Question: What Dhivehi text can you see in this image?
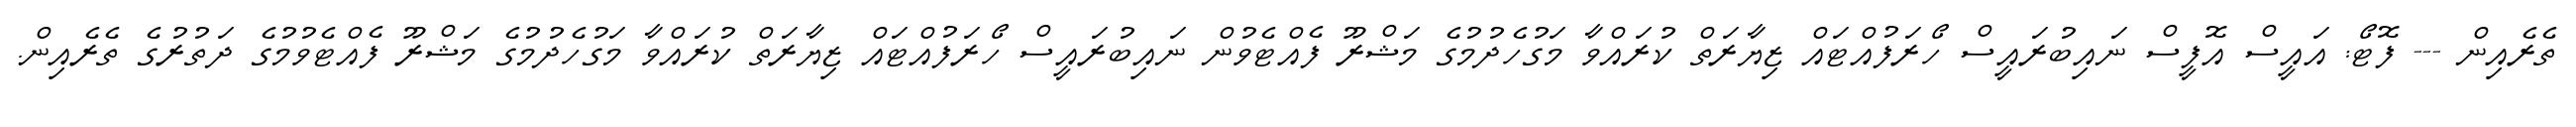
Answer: ތެރެއިން --- ފޮޓޯ: އައީސް އޮފީސް ނައިބުރައީސް ހޯރަފުއްޓައް ޒިޔާރަތް ކުރައްވާ މަގުހެދުމުގެ މަޝްރޫ ފެއްޓެވުން ނައިބުރައީސް ހޯރަފުއްޓައް ޒިޔާރަތް ކުރައްވާ މަގުހެދުމުގެ މަޝްރޫ ފެއްޓެވުމުގެ ދަތުރުގެ ތެރެއިން.